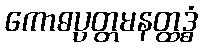
ကောဓပ္ပတ္တမနတ္ထဒ္ဓံ